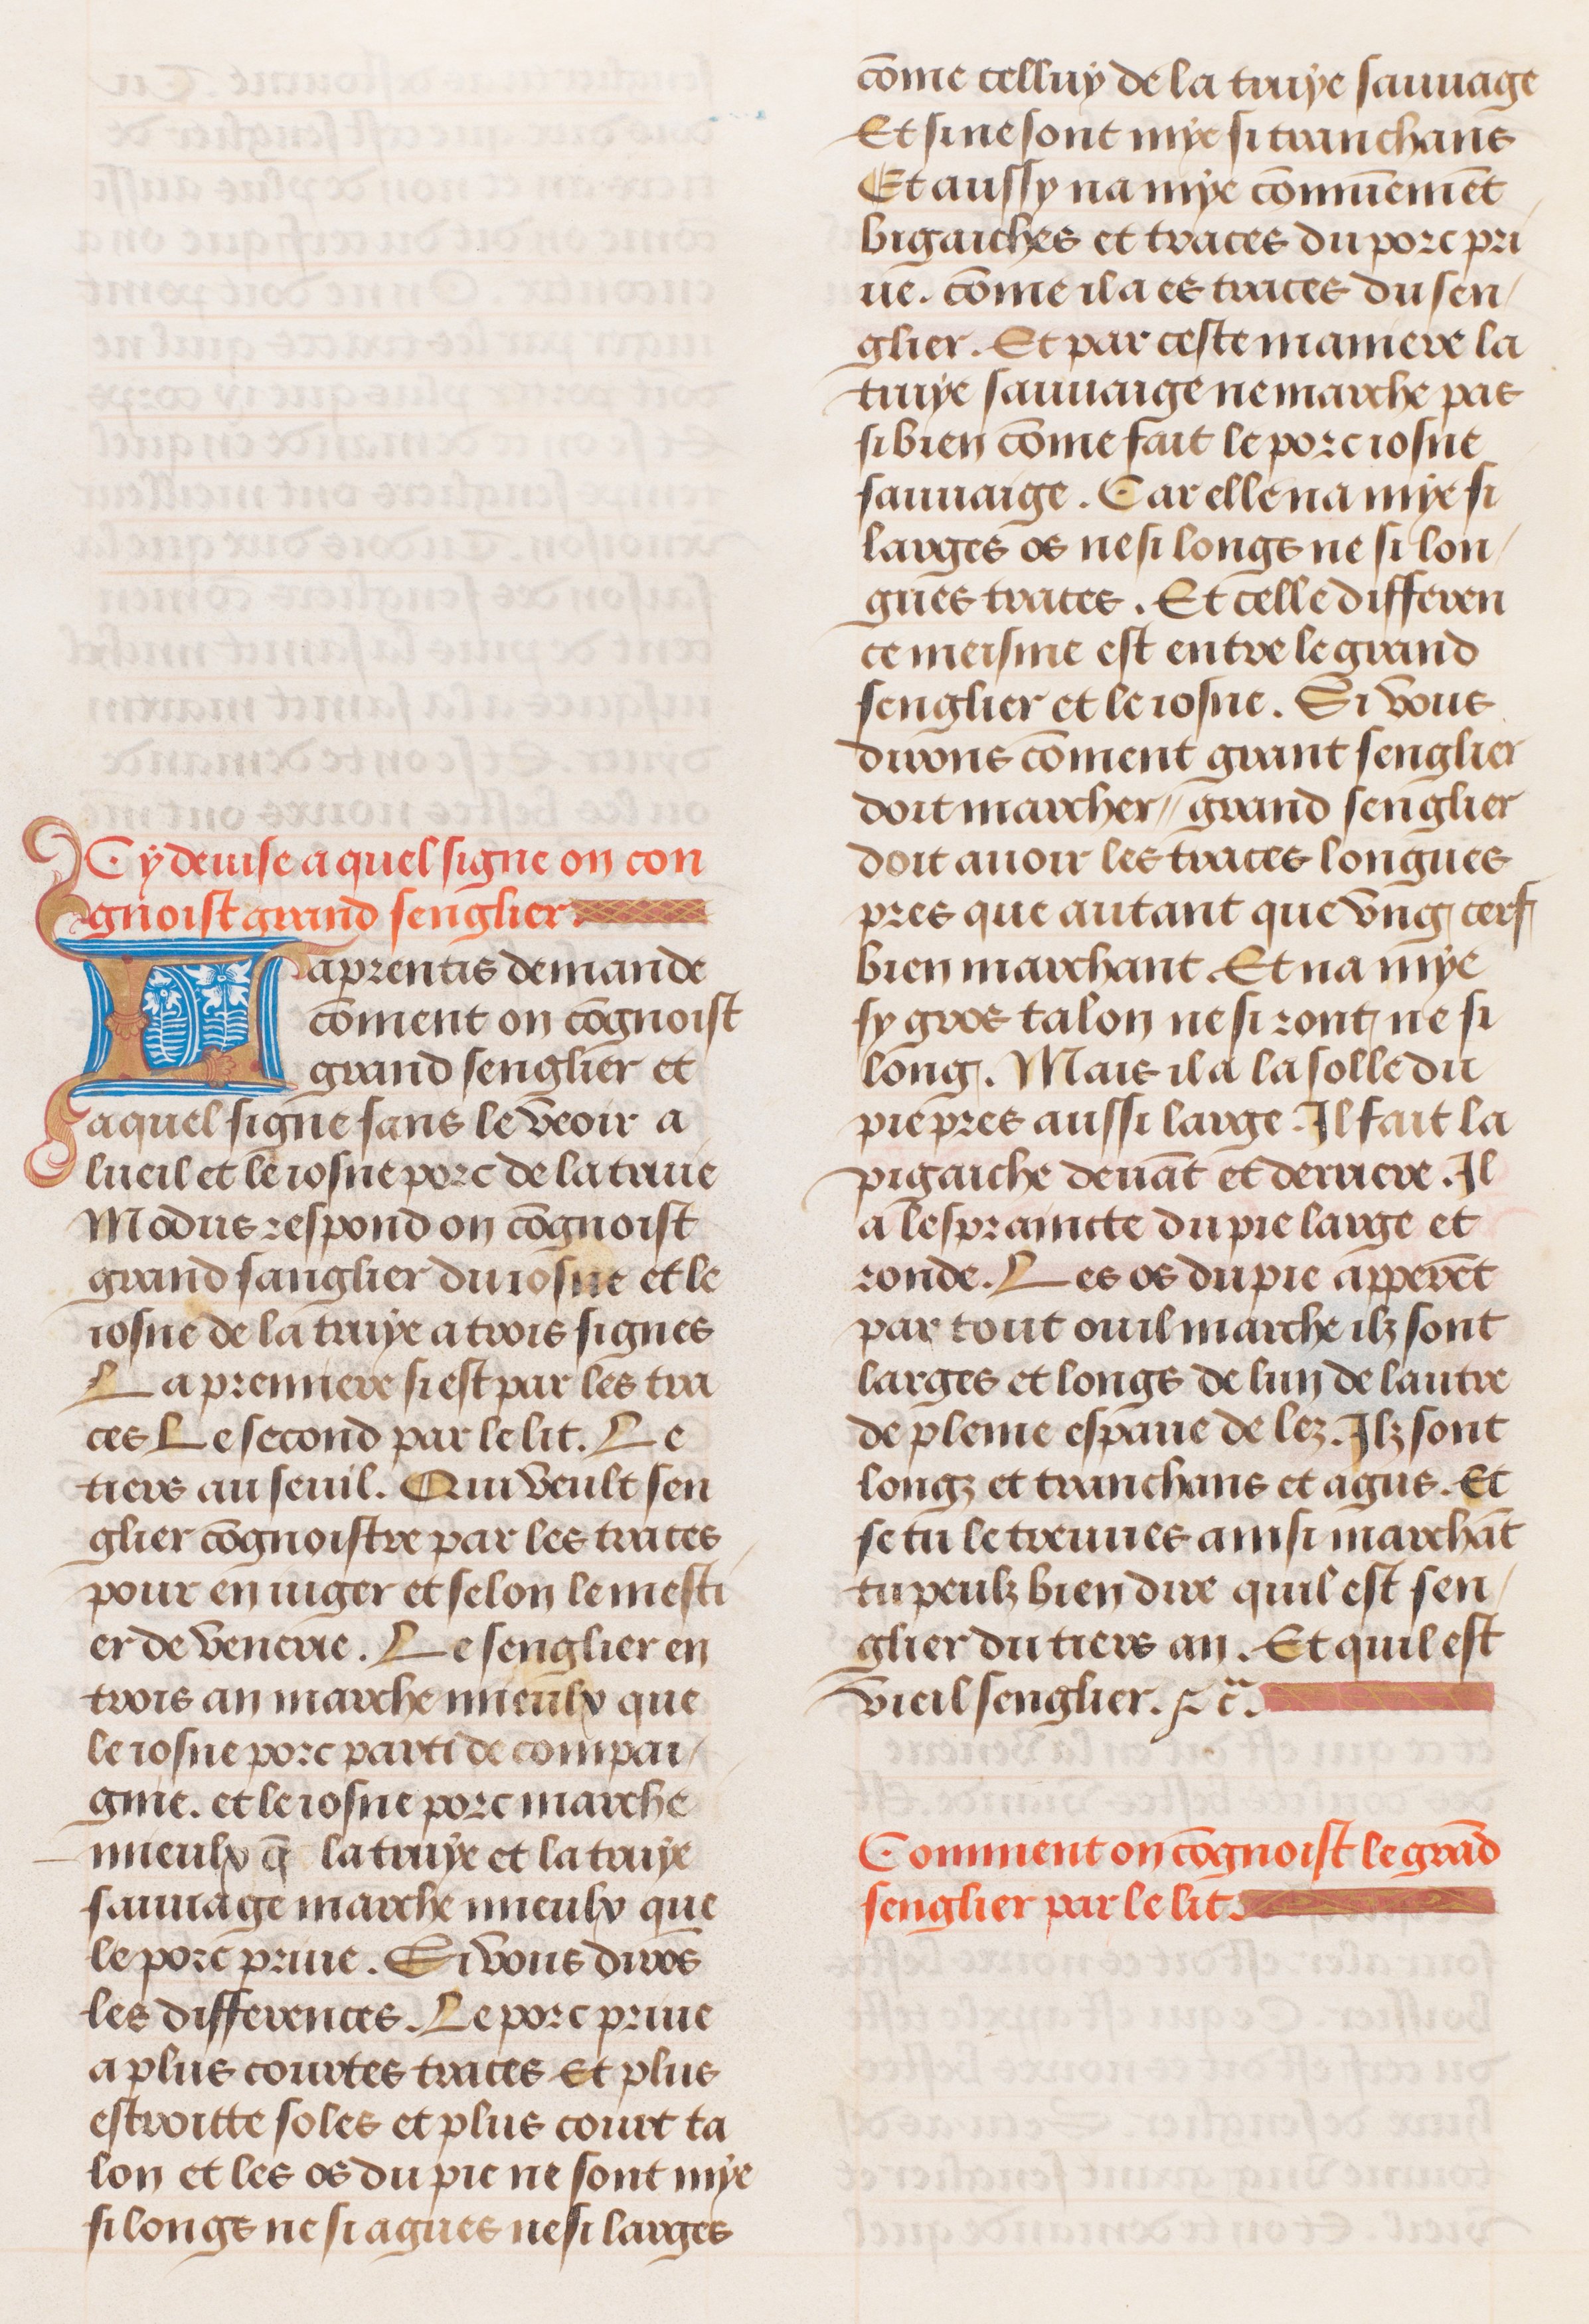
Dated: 1491–1498